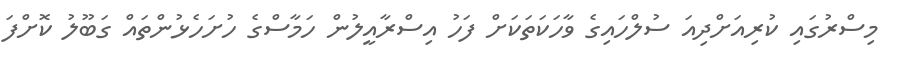
މިސްރުގައި ކުރިއަށްދިއަ ސުލްހައިގެ ވާހަކަތަކަށް ފަހު އިސްރާއީލުން ހަމާސްގެ ހުށަހެޅުންތައް ގަބޫލު ކޮށްފަ